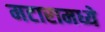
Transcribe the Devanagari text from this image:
मटारामध्ये